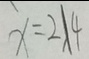
x = 2 / 4